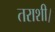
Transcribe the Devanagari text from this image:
तराशी।